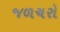
જળચરો